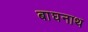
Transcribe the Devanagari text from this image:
बाघनाथ